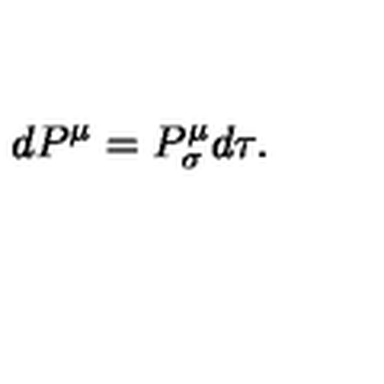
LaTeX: d P ^ { \mu } = P _ { \sigma } ^ { \mu } d \tau .